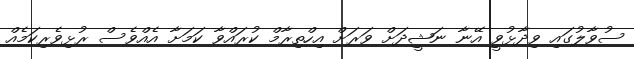
ސުވާލުގައި ވިދާޅުވީ އޭނާ ނަޝީދަށް ވަރަށް އިހްތިރާމް ކުރައްވާ ކަމަށާ އެއްވެސް ރުޅިވެރިކަމެއް